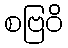
စဗြဝိ